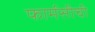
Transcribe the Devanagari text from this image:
फार्मसीची